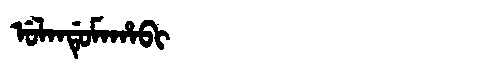
Manchu: ᡠᠯᠠᠨᡩᡠᠮᠠᡥᠠᠪᡳ
Romanization: ULANDUMAHABI